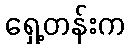
ရှေ့တန်းက